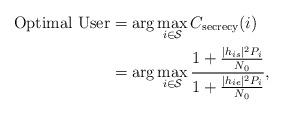
LaTeX: \begin{align*}{\textrm{Optimal User}} &= \arg \mathop {\max }\limits_{i \in {\cal{S}}} {C_{\textrm{secrecy}}}(i) \\&= \arg \mathop {\max }\limits_{i \in {\cal{S}}} \dfrac{{1 + \frac{{|{h_{is}}{|^2}P_i}}{{{N_0}}}}}{{1 + \frac{{|{h_{ie}}{|^2}P_i}}{{{N_0}}}}},\end{align*}